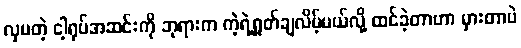
လှပတဲ့ ငါ့ရုပ်အဆင်းကို ဘုရားက ကဲ့ရဲ့ရှုတ်ချလိမ့်မယ်လို့ ထင်ခဲ့တာဟာ မှားတာပဲ